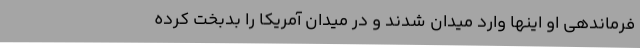
فرماندهی او اینها وارد میدان شدند و در میدان آمریکا را بدبخت کرده